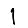
Digit: 1